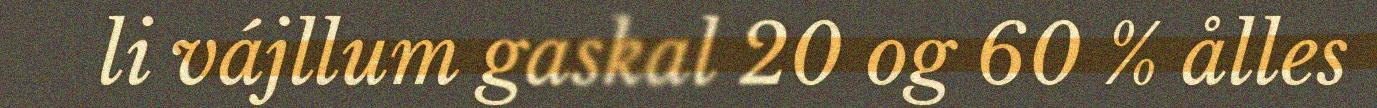
li vájllum gaskal 20 og 60 % ålles